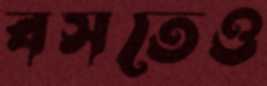
বসতেও